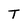
Character: T